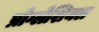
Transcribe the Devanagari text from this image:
प्रोग्लेशियल